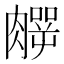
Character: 𱼛